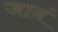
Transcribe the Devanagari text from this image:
जानं